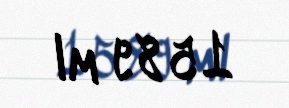
1589 ml